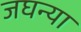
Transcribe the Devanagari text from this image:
जघन्या